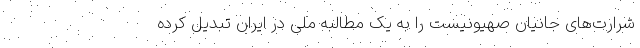
شرارت‌های جانیان صهیونیست را به یک مطالبه ملی در ایران تبدیل کرده